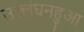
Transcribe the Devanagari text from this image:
उल्लंघनहुआ